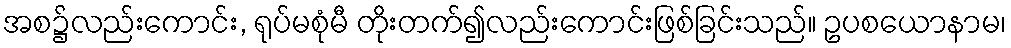
အစ၌လည်းကောင်း, ရုပ်မစုံမီ တိုးတက်၍လည်းကောင်းဖြစ်ခြင်းသည်။ ဥပစယောနာမ၊